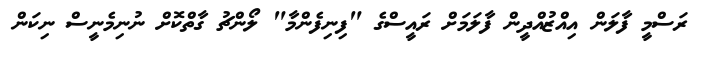
ރަސްމީ ފާލަން އިއްޒުއްދީން ފާލަމަށް ރައީސްގެ "ފިނިފެންމާ" ލޯންޗު ގާތްކޮށް ނުނިމެނީސް ނިކަން